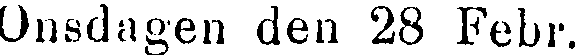
Onsdagen den 28 Febr.